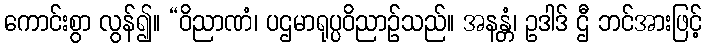
ကောင်းစွာ လွန်၍။ “ဝိညာဏံ၊ ပဌမာရုပ္ပဝိညာဉ်သည်။ အနန္တံ၊ ဥဒါဒ် ဌီ ဘင်အားဖြင့်